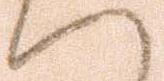
へ